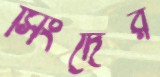
সিংদের